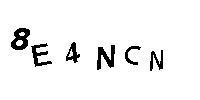
8E4NCN